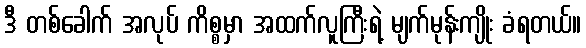
ဒီ တစ်ခေါက် အလုပ် ကိစ္စမှာ အထက်လူကြီးရဲ့ မျက်မုန်းကျိုး ခံရတယ်။